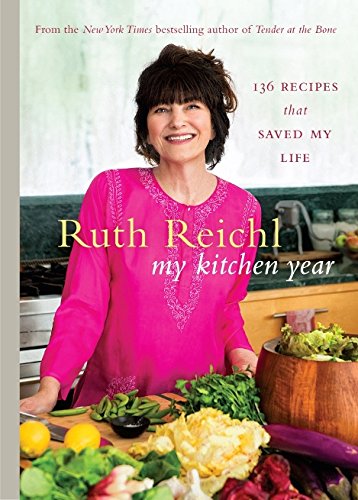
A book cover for My Kitchen Year; Cookbooks, Food & Wine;